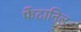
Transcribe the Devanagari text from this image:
फेंटानिल